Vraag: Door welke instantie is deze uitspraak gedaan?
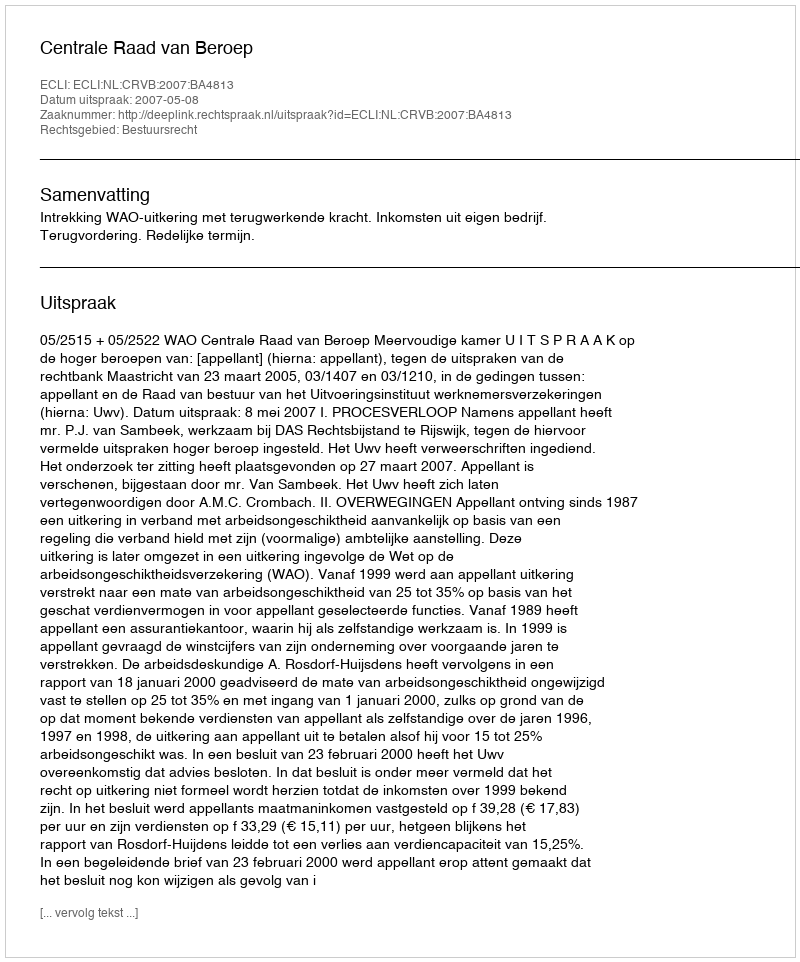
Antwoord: Centrale Raad van Beroep